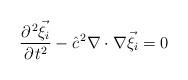
LaTeX: \begin{align*}\frac{\partial^{{\kern 1pt}2}{\vec \xi}_i}{\partial{\kern 1pt}t^2} - {\hat c}^{{\kern 1pt}2}\nabla\cdot \nabla {\vec \xi}_i = 0\end{align*}